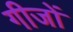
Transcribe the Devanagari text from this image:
गीजों